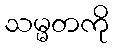
သမ္မတကို